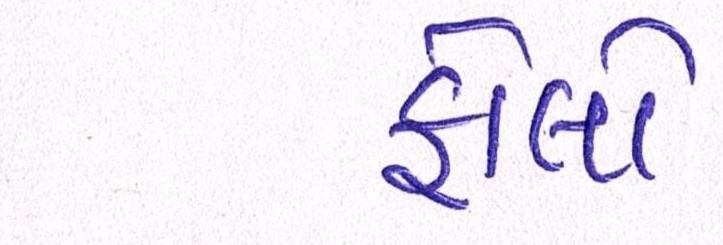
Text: ફોલો